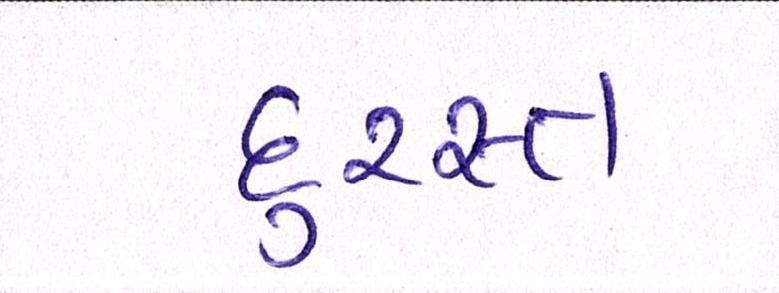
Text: દુરસ્ત